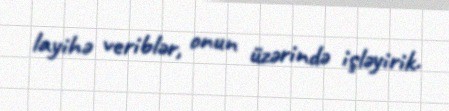
layihə veriblər, onun üzərində işləyirik.